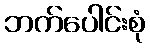
ဘက်ပေါင်းစုံ